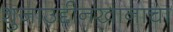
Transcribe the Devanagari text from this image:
शुजाउद्दीनखानाचा